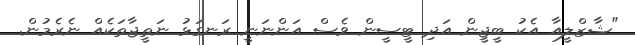
"ޝާޒްލީއާ އެކު ބީޖީން އަދި ޓީސީން ވެސް އަންނަނީ ރަނގަޅު ނަތީޖާތަކެެއް ނެރެމުން.